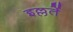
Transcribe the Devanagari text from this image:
इल्लतें